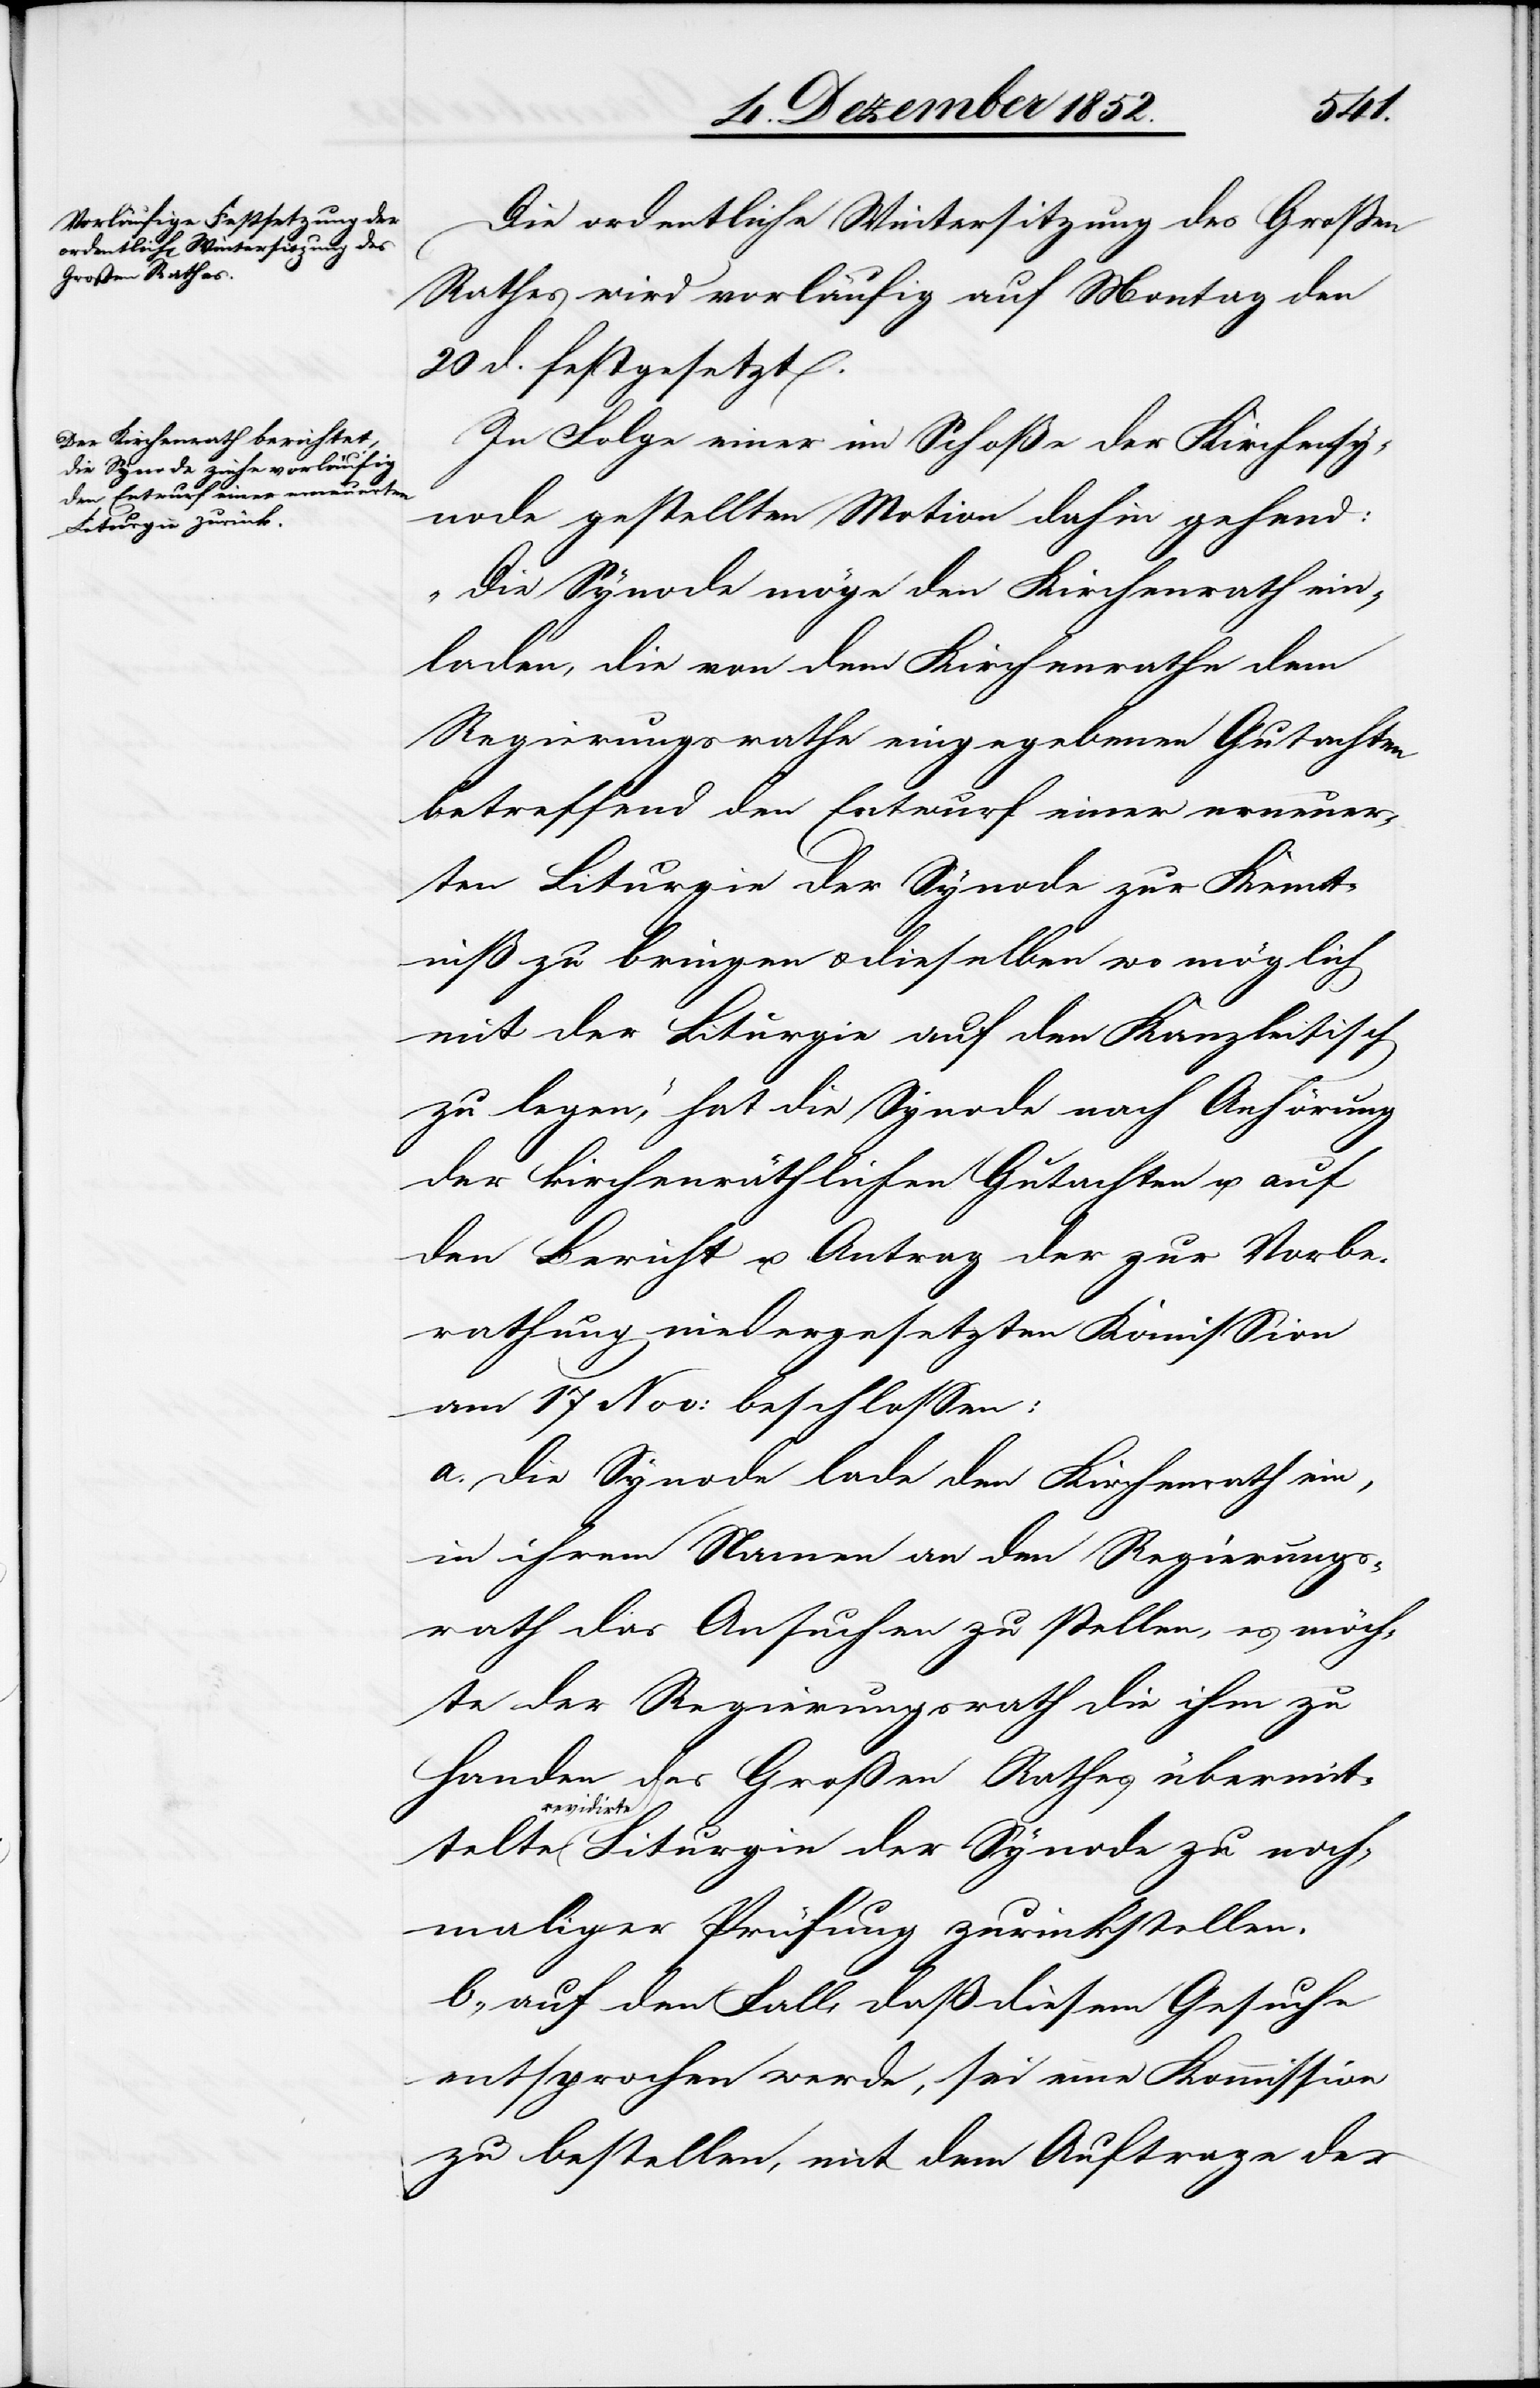
rev¬
Die ordentliche Wintersitzung des Großen
Rathes wird vorläufig auf Montag den
20 d. festgesetzt.
In Folge einer im Schoße der Kirchensy¬
node gestellten Motion dahin gehend:
„Die Synode möge den Kirchenrath ein¬
laden, die von dem Kirchenrathe dem
Regierungsrathe eingegebenen Gutachten
betreffend den Entwurf einer erneuer¬
ten Liturgie der Synode zur Kennt¬
niß zu bringen u. dieselben wo möglich
mit der Liturgie auf den Kanzleitisch
zu legen,“ hat die Synode nach Anhörung
der kirchenräthlichen Gutachten u. auf
den Bericht u. Antrag der zur Vorbe¬
rathung niedergesetzten Kom[m]ission
am 17 Nov: beschlossen:
a. die Synode lade den Kirchenrath ein,
in ihrem Namen an den Regierungs¬
rath das Ansuchen zu stellen, es möch¬
te der Regierungsrath die ihm zu
Handen des Großen Rathes übermit¬
idirte Liturgie der Synode zu noch¬
maliger Prüfung zurückstellen.
b., auf den Fall, daß diesem Gesuche
entsprochen werde, sei eine Kommission
zu bestellen, mit dem Auftrage der